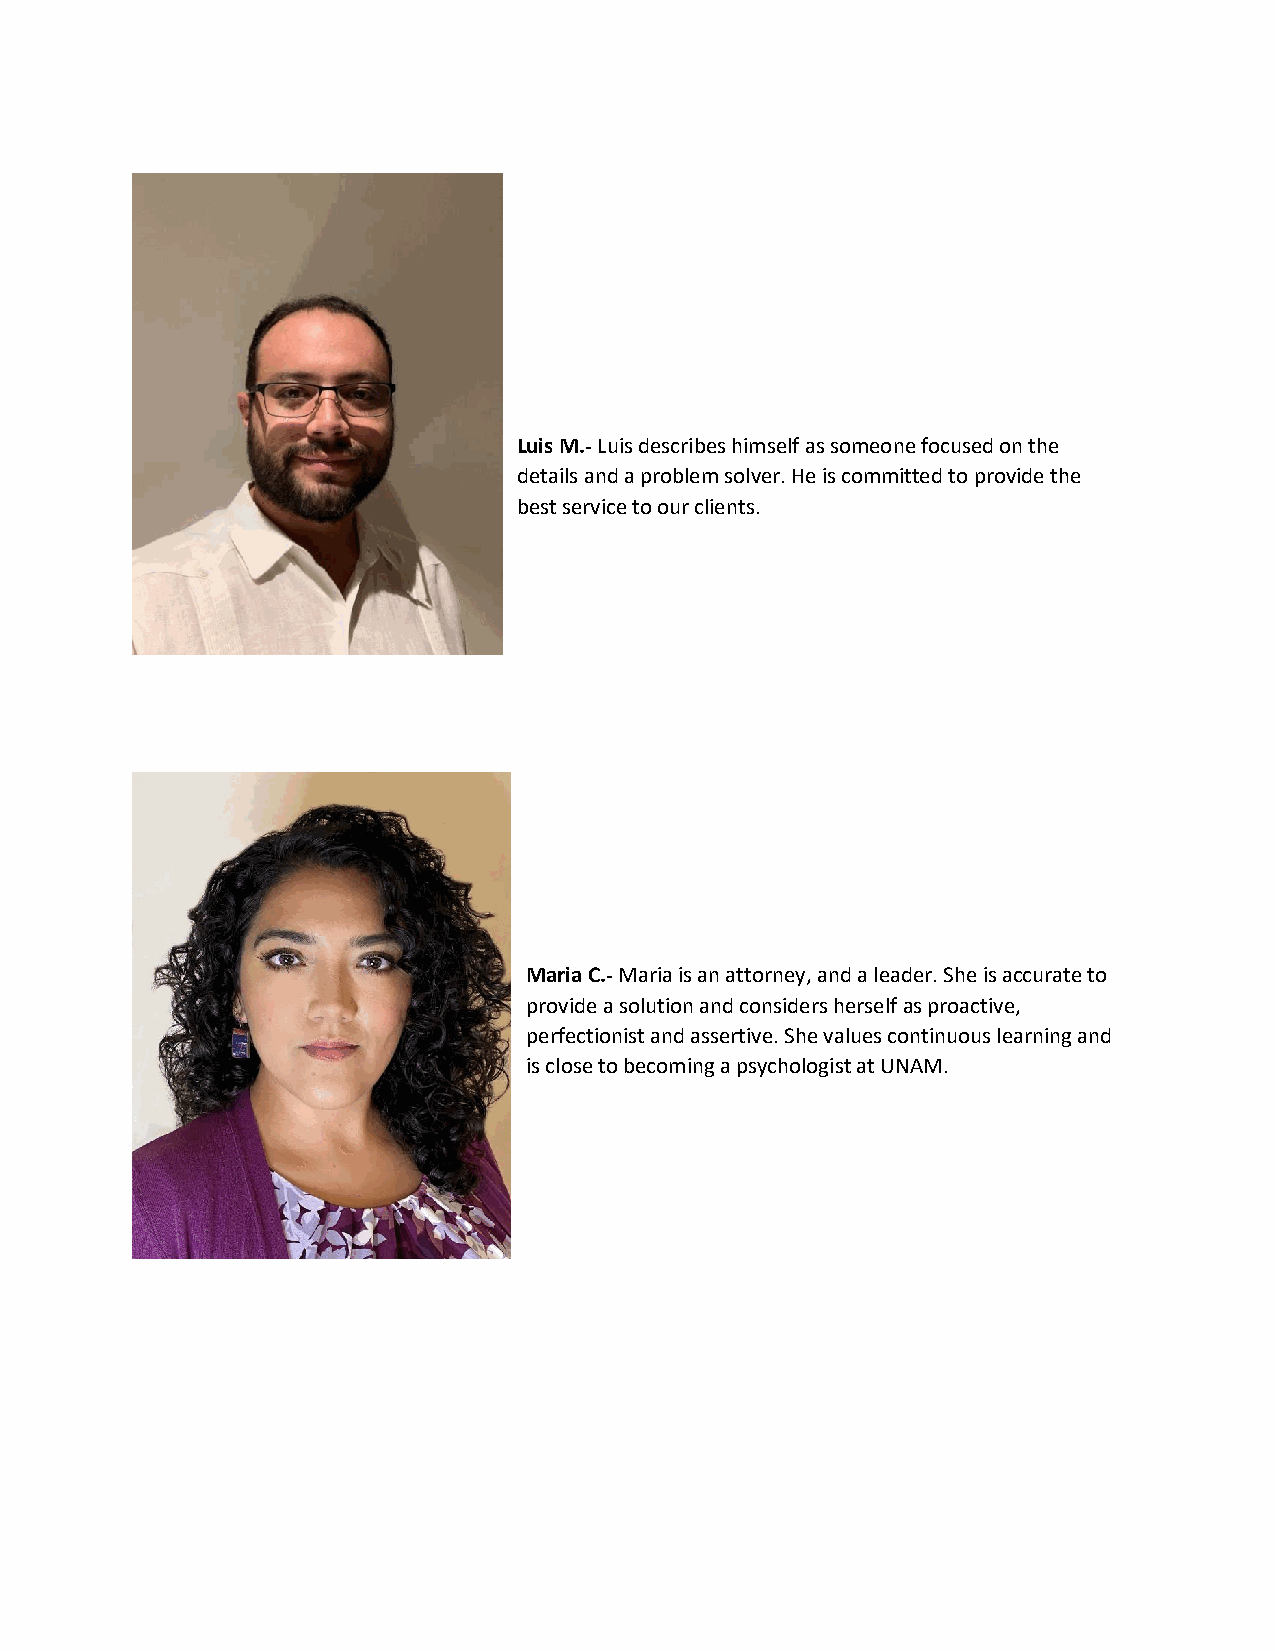
Luis M.- Luis describes himself as someone focused on the
 details and a problem solver. He is committed to provide the
 best service to our clients.
 Maria C.- Maria is an attorney, and a leader. She is accurate to
 provide a solution and considers herself as proactive,
 perfectionist and assertive. She values continuous learning and
 is close to becoming a psychologist at UNAM.